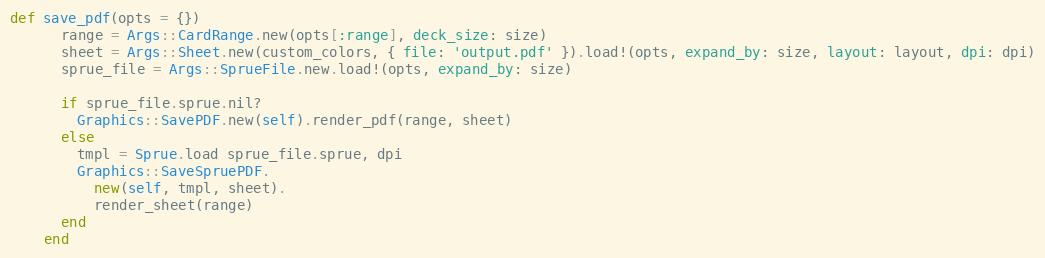
Language: Ruby
def save_pdf(opts = {})
      range = Args::CardRange.new(opts[:range], deck_size: size)
      sheet = Args::Sheet.new(custom_colors, { file: 'output.pdf' }).load!(opts, expand_by: size, layout: layout, dpi: dpi)
      sprue_file = Args::SprueFile.new.load!(opts, expand_by: size)

      if sprue_file.sprue.nil?
        Graphics::SavePDF.new(self).render_pdf(range, sheet)
      else
        tmpl = Sprue.load sprue_file.sprue, dpi
        Graphics::SaveSpruePDF.
          new(self, tmpl, sheet).
          render_sheet(range)
      end
    end